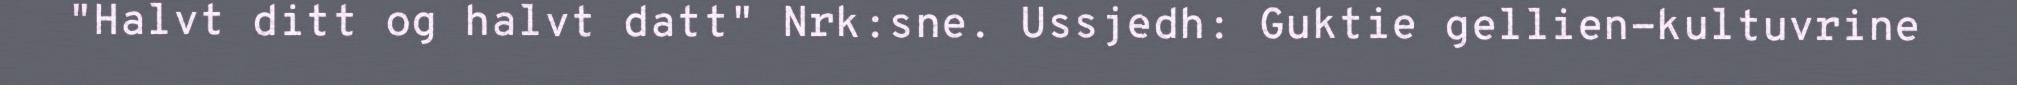
"Halvt ditt og halvt datt" Nrk:sne. Ussjedh: Guktie gellien-kultuvrine